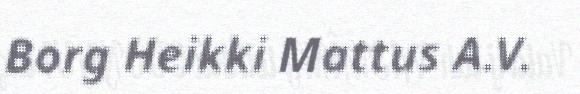
Borg Heikki Mattus A.V.